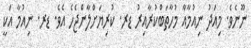
ނޫނެވެ. މިއަދު ނިއުމާއާ މުހާތަބްކުރާއިރު ޑރ. ކުރިޔަށްލާންޖެހެ އެވެ. ޑރ. ނިއުމާ އަކީ